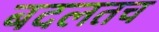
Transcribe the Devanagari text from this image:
बदलतच